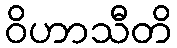
ဝိဟာသီတိ